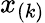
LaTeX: x_{(k)}